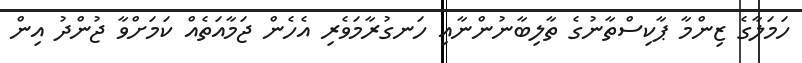
ހަމަލާގެ ޒިންމާ ޕާކިސްތާނުގެ ތާލިބާނުންނާއި ހަނގުރާމަވެރި އެހެން ޖަމާއަތެއް ކަމަށްވާ ޖުންދު އިން